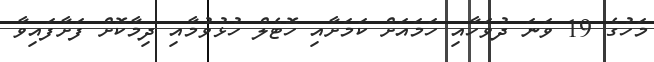
މަހުގެ 19 ވަނަ ދުވަހާއި ހަމައަށް ކަމަށާއި ހޮޓެލް ހުޅުވުމާއި ދިމާކޮށް ފަށާފައިވާ